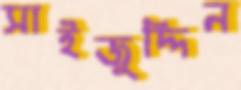
সাইজুদ্দিন